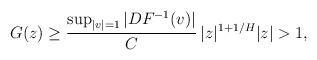
LaTeX: \begin{align*}G(z)\ge\frac{\sup_{|v|=1}|DF^{-1}(v)|}{C}\, |z|^{1+1/H} |z|> 1,\end{align*}